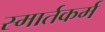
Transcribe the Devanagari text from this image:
स्मार्तकर्म